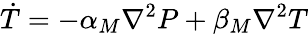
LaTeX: \dot{T}=-\alpha_{M}\nabla^{2}P+\beta_{M}\nabla^{2}T